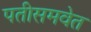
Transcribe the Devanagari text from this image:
पतीसमवेत